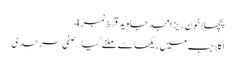
پچھلا خون ریز امجد جاوید قسط نمبر 4
اگلا جب میں ریکھا سے ملنے گیا … صفی سرحدی